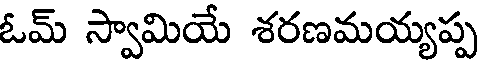
ఓమ్ స్వామియే శరణమయ్యప్ప